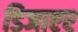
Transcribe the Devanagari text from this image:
डिजाएर